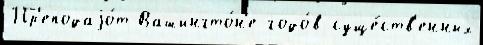
Пр'еподаjо́т Вашингто́н'е годо́в суще́ств'енных